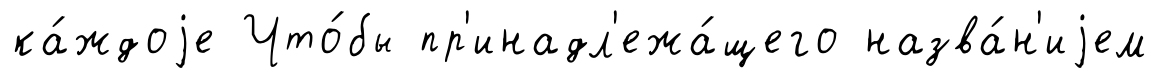
ка́ждоjе Что́бы пр'инадл'ежа́щего назва́н'иjем